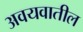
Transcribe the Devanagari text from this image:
अवयवातील